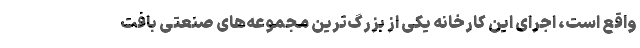
واقع است، اجرای این کارخانه یکی از بزرگ‌ترین مجموعه‌های صنعتی بافت